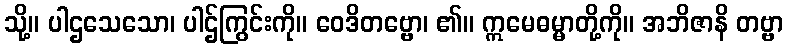
သို့။ ပါဌသေသော၊ ပါဌ်ကြွင်းကို။ ဝေဒိတဗ္ဗော၊ ၏။ ဣမေဓမ္မာတို့ကို။ အဘိဇာနိ တဗ္ဗာ